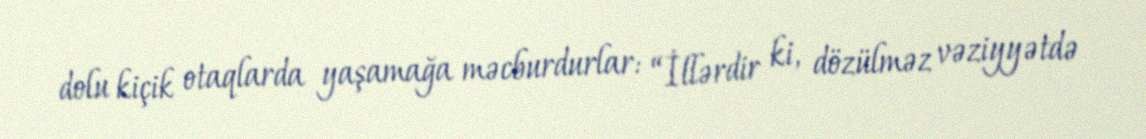
dolu kiçik otaqlarda yaşamağa məcburdurlar: “İllərdir ki, dözülməz vəziyyətdə